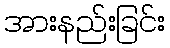
အားနည်းခြင်း